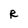
Character: R